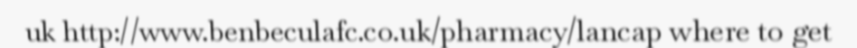
uk http://www.benbeculafc.co.uk/pharmacy/lancap where to get